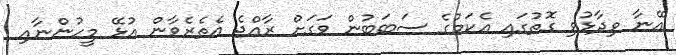
އޭނާ ވިދާޅުވި ގޮތުގައި އެކަމުގެ ސަބަބުން ވަގަށް ރާއްޖެ އެތެރެވާން އުޅޭ މީހުންނާއި